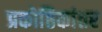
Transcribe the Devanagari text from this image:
प्रकोष्ठिकांतर